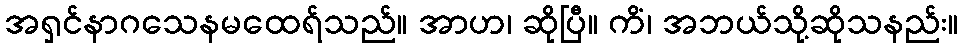
အရှင်နာဂသေနမထေရ်သည်။ အာဟ၊ ဆိုပြီ။ ကိံ၊ အဘယ်သို့ဆိုသနည်း။